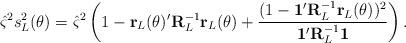
LaTeX: \begin{align*}\hat\varsigma^2s^2_L(\theta)= \hat\varsigma^2\left(1-\mathbf r_L(\theta)'\mathbf R_L^{-1}\mathbf r_L(\theta)+\frac{(1-\mathbf 1'\mathbf R_L^{-1}\mathbf r_L(\theta))^2}{\mathbf 1'\mathbf R_L^{-1}\mathbf 1}\right). \end{align*}